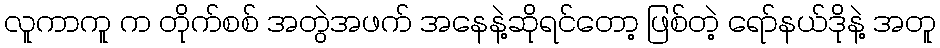
လူကာကူ က တိုက်စစ် အတွဲအဖက် အနေနဲ့ဆိုရင်တော့ ဖြစ်တဲ့ ရော်နယ်ဒိုနဲ့ အတူ